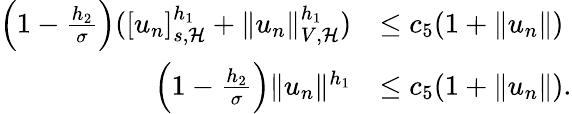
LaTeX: \begin{array}{rl}{\left(1-\frac{h_{2}}{\sigma}\right)([u_{n}]_{s,\mathcal{H}}^{h_{1}}+\| u_{n}\| _{V,\mathcal{H}}^{h_{1}})}&{\leq c_{5}(1+\| u_{n}\| )}\\ {\left(1-\frac{h_{2}}{\sigma}\right)\| u_{n}\| ^{h_{1}}}&{\leq c_{5}(1+\| u_{n}\| ).}\end{array}